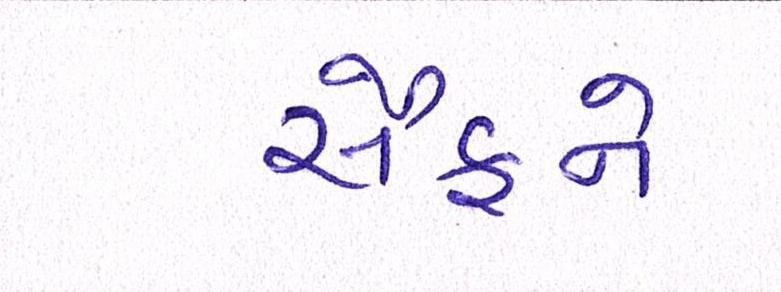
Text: સૈફને